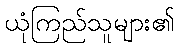
ယုံကြည်သူများ၏